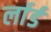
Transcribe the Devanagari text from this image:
र्लार्ड